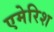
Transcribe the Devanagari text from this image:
एमेरिश